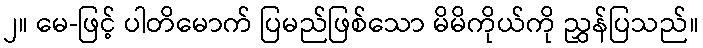
၂။ မေ-ဖြင့် ပါတိမောက် ပြမည်ဖြစ်သော မိမိကိုယ်ကို ညွှန်ပြသည်။